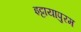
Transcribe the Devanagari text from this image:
इट्टायापुरम